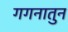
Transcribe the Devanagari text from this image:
गगनातुन